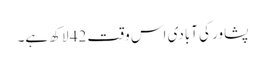
پشاور کی آبادی اس وقت 42 لاکھ ہے۔